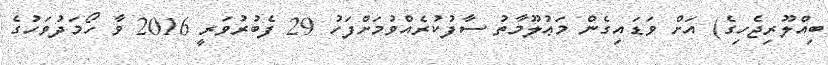
ބިއްލޫރިޖެހިގެ) އަށް ވަޑައިގެން މަޢުލޫމާތު ސާފުކުރެއްވުމަށްފަހު 29 ފެބުރުވަރީ 2016 ވާ ހޯމަދުވަހުގެ